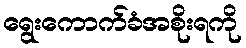
ရွေးကောက်ခံအစိုးရကို